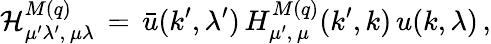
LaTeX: {\cal H}_{\mu^{\prime}\lambda^{\prime},\, \mu\lambda}^{M(q)}\, =\, \bar{u}(k^{\prime},\lambda^{\prime})\, H_{\mu^{\prime},\, \mu}^{M(q)}(k^{\prime},k)\, u(k,\lambda)\, ,